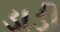
ડાડી